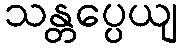
သန္တပ္ပေယျ